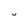
Character: U